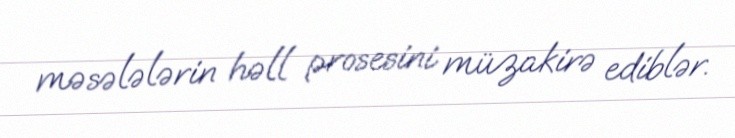
məsələlərin həll prosesini müzakirə ediblər.